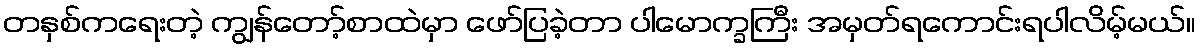
တနှစ်ကရေးတဲ့ ကျွန်တော့်စာထဲမှာ ဖော်ပြခဲ့တာ ပါမောက္ခကြီး အမှတ်ရကောင်းရပါလိမ့်မယ်။